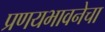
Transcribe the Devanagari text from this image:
प्रणयभावनेचा